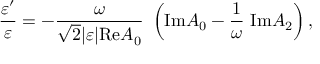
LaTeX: { \frac { \varepsilon ^ { \prime } } { \varepsilon } } = - { \frac { \omega } { \sqrt { 2 } \vert \varepsilon \vert \mathrm { R e } A _ { 0 } } } ~ \left( \mathrm { I m } A _ { 0 } - { \frac { 1 } { \omega } } ~ \mathrm { I m } A _ { 2 } \right) ,